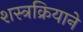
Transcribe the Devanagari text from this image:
शस्त्रक्रियाने